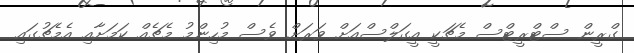
ގްރީން ސްޓްރީޓްސް މެޗަކީ އީގަލްސްއަށް ވަރަށް ވެސް މުހިންމު މެޗެއް ކަމަށާއި އެމެޗުގައި